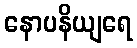
နောပနိယျရေ